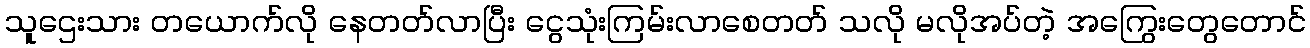
သူဌေးသား တယောက်လို နေတတ်လာပြီး ငွေသုံးကြမ်းလာစေတတ် သလို မလိုအပ်တဲ့ အကြွေးတွေတောင်